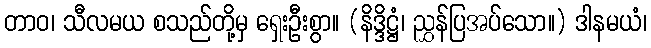
တာဝ၊ သီလမယ စသည်တို့မှ ရှေးဦးစွာ။ (နိဒ္ဒိဋ္ဌံ၊ ညွှန်ပြအပ်သော။) ဒါနမယံ၊